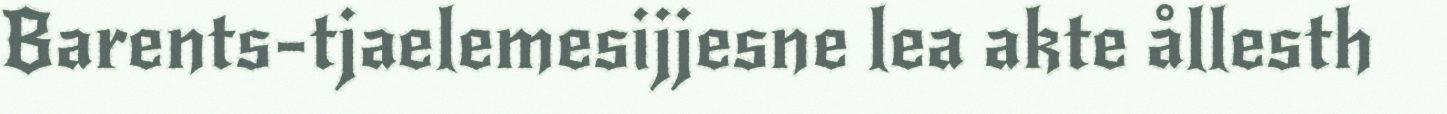
Barents-tjaelemesijjesne lea akte ållesth